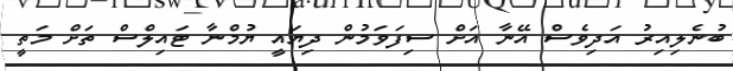
ބުނެލިއިރު އަދިވެސް އޭނާ އަށް ސިފަވަމުން ދިޔައީ ޔުމްނާ ޓައިލްސް ތަށް މަތީ